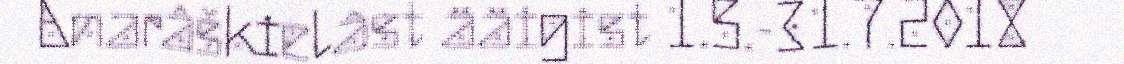
Anarâškielâst ääigist 1.5.-31.7.2018